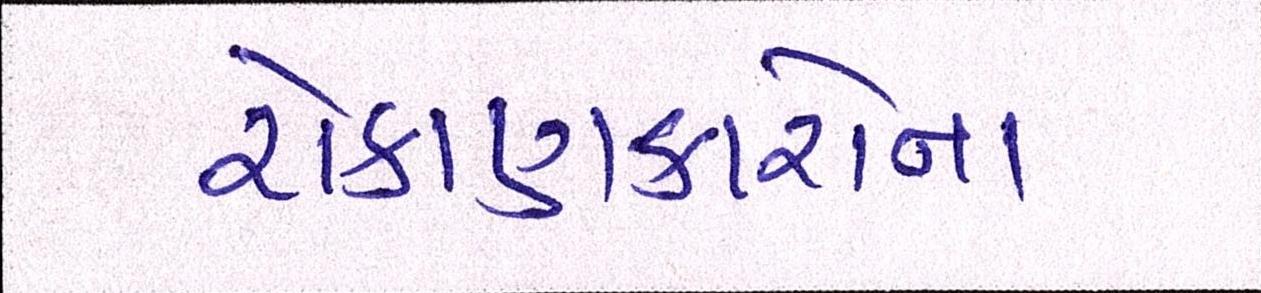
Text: રોકાણકારોના